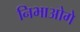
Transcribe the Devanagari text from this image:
निभाओगे